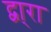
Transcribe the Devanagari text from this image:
द्वा्रा